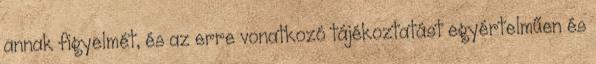
annak figyelmét, és az erre vonatkozó tájékoztatást egyértelműen és